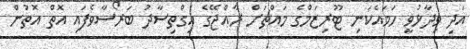
އަދި ވިދާޅުވީ ހަމައެކަނި ޓޫރިޒަމްގެ މައްޗަށް ރާއްޖޭގެ އިގްތިސާދު ބަރޯސާވެފައި އޮތް އޮތުން